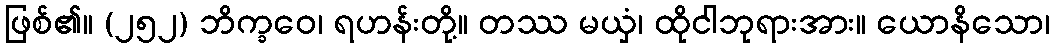
ဖြစ်၏။ (၂၅၂) ဘိက္ခဝေ၊ ရဟန်းတို့။ တဿ မယှံ၊ ထိုငါဘုရားအား။ ယောနိသော၊